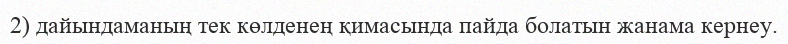
2) дайындаманың тек көлденең қимасында пайда болатын жанама кернеу.